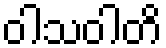
ဝါသဝါတိ